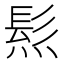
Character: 𤌩